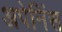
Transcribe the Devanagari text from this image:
अपेनिंस